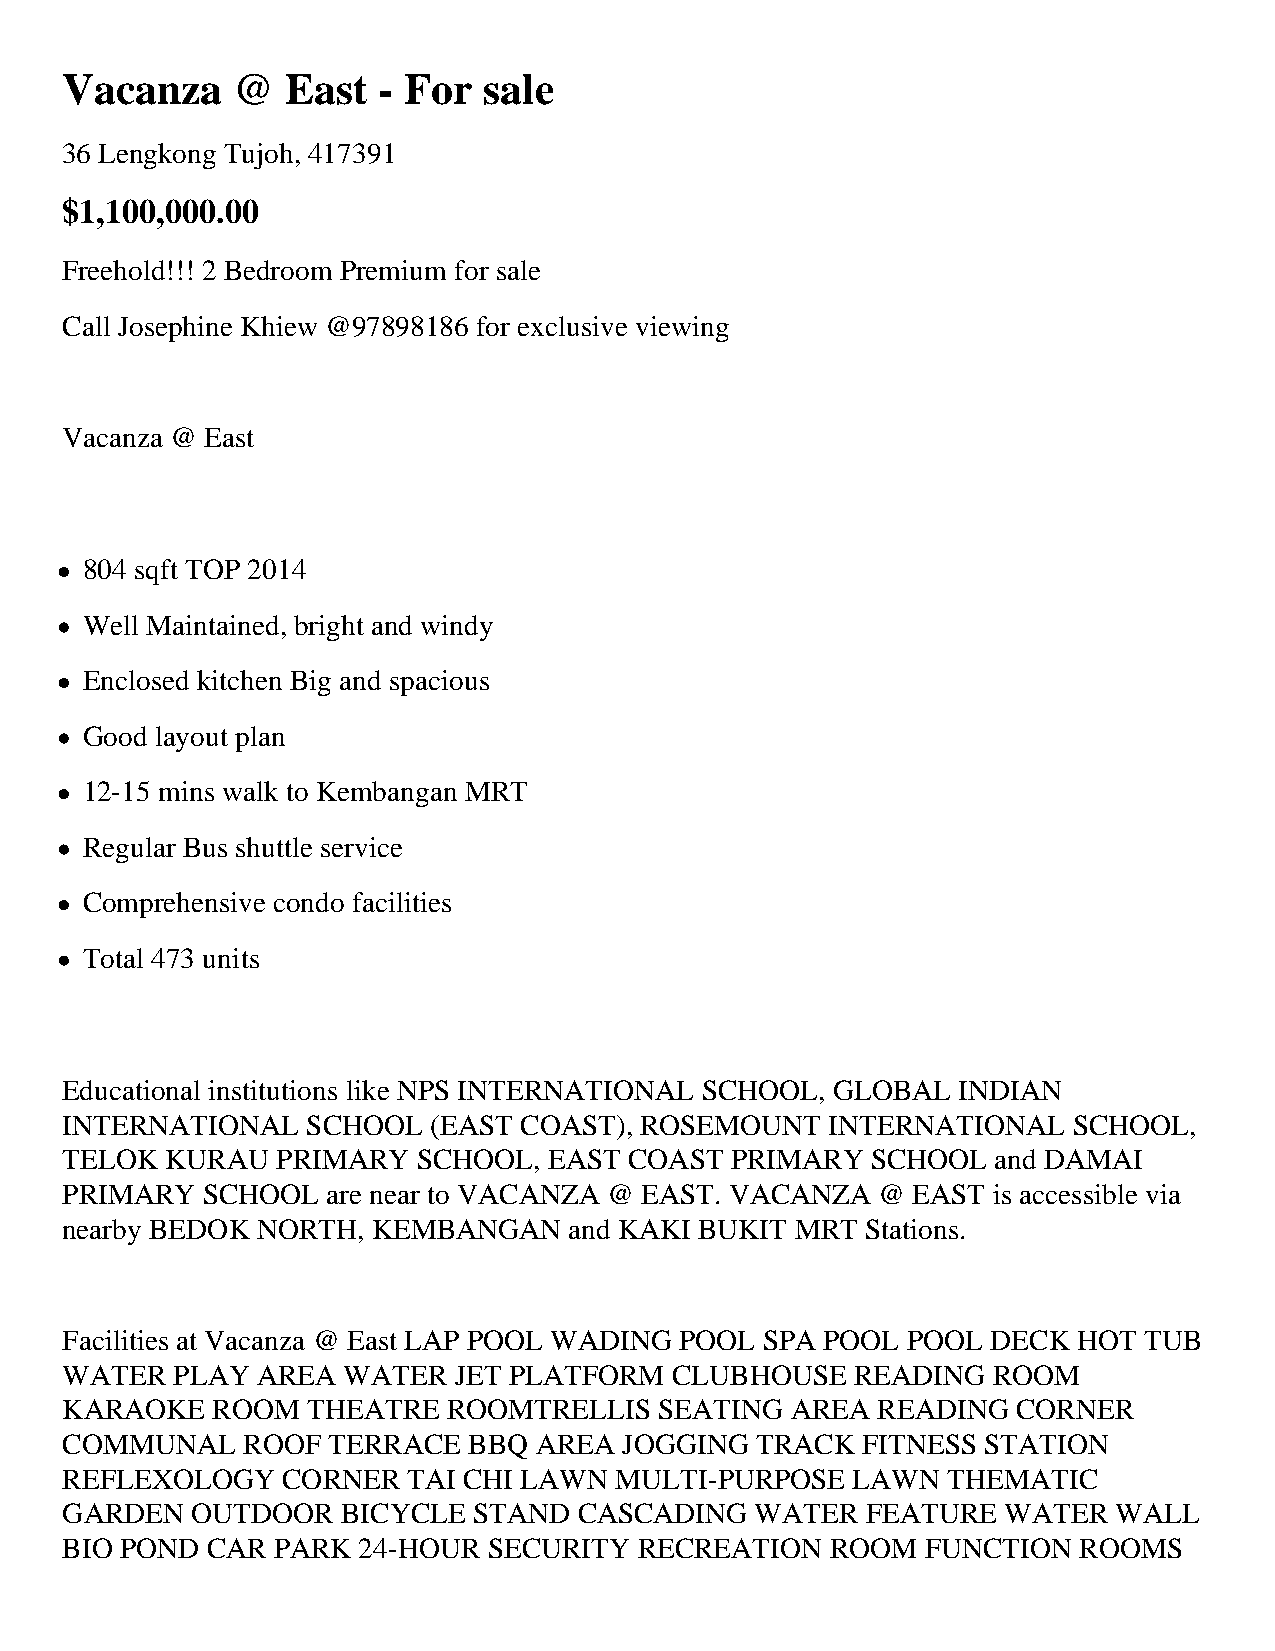
Vacanza    @   East  - For  sale
 36 Lengkong Tujoh, 417391
 $1,100,000.00
 Freehold!!! 2 Bedroom Premium for sale
 Call Josephine Khiew @97898186 for exclusive viewing
 Vacanza @ East
 804 sqft TOP 2014
 Well Maintained, bright and windy
 Enclosed kitchen Big and spacious
 Good layout plan
 12-15 mins walk to Kembangan MRT
 Regular Bus shuttle service
 Comprehensive condo facilities
 Total 473 units
 Educational institutions like NPS INTERNATIONAL SCHOOL, GLOBAL INDIAN
 INTERNATIONAL   SCHOOL  (EAST COAST), ROSEMOUNT    INTERNATIONAL   SCHOOL,
 TELOK  KURAU  PRIMARY   SCHOOL, EAST  COAST PRIMARY   SCHOOL  and DAMAI
 PRIMARY  SCHOOL   are near to VACANZA @ EAST. VACANZA @ EAST  is accessible via
 nearby BEDOK NORTH,  KEMBANGAN    and KAKI BUKIT MRT Stations.
 Facilities at Vacanza @ East LAP POOL WADING POOL SPA POOL POOL DECK HOT TUB
 WATER  PLAY  AREA  WATER  JET PLATFORM  CLUBHOUSE    READING  ROOM
 KARAOKE   ROOM  THEATRE   ROOMTRELLIS   SEATING AREA  READING  CORNER
 COMMUNAL    ROOF  TERRACE  BBQ AREA  JOGGING  TRACK  FITNESS STATION
 REFLEXOLOGY    CORNER  TAI CHI LAWN  MULTI-PURPOSE  LAWN   THEMATIC
 GARDEN   OUTDOOR   BICYCLE STAND  CASCADING   WATER  FEATURE   WATER  WALL
 BIO POND  CAR PARK  24-HOUR SECURITY  RECREATION   ROOM  FUNCTION  ROOMS